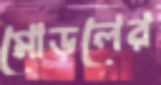
মোড়লের